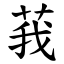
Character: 莪